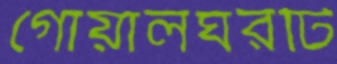
গোয়ালঘরটি